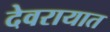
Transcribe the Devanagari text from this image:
देवरायात